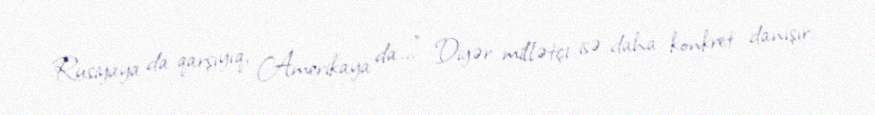
Rusiyaya da qarşıyıq, Amerikaya da...” Digər millətçi isə daha konkret danışır: